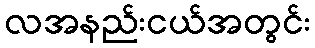
လအနည်းငယ်အတွင်း